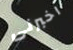
اخبرنى